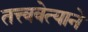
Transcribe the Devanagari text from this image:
तत्त्ववेत्याने